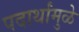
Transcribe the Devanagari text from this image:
पदार्थांमुळे